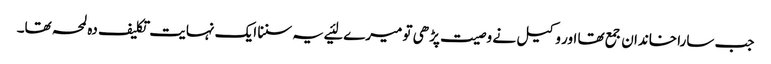
جب سارا خاندان جمع تھا اور وکیل نے وصیت پڑھی تو میرے لئیے یہ سننا ایک نہایت تکلیف دہ لمحہ تھا۔